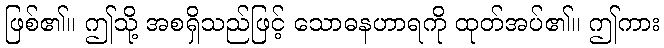
ဖြစ်၏။ ဤသို့ အစရှိသည်ဖြင့် သောဓနဟာရကို ထုတ်အပ်၏။ ဤကား